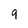
Character: 9